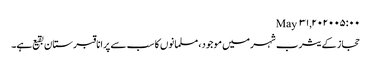
May ۳۱, ۲۰۲۰ ۰۵:۰۰
حجاز کے یثرب شہرمیں موجود، مسلمانوں کا سب سے پرانا قبرستان بقیع ہے۔